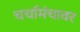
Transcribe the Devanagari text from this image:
चर्चामंचावर